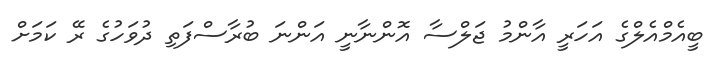
ބީއެމްއެލްގެ އަހަރީ އާންމު ޖަލްސާ އޮންނާނީ އަންނަ ބުރާސްފަތި ދުވަހުގެ ރޭ ކަމަށް